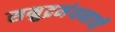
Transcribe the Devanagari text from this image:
सम्रुद्रमंथनाची